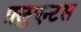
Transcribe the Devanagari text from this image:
फ़्लुएन्टस